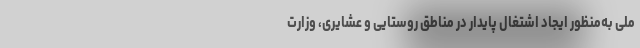
ملی به‌منظور ایجاد اشتغال پایدار در مناطق روستایی و عشایری، وزارت